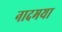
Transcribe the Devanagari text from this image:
नादमया